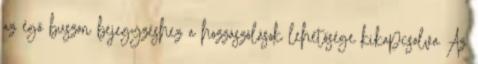
az égő buszon bejegyzéshez a hozzászólások lehetősége kikapcsolva Az